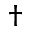
\dagger